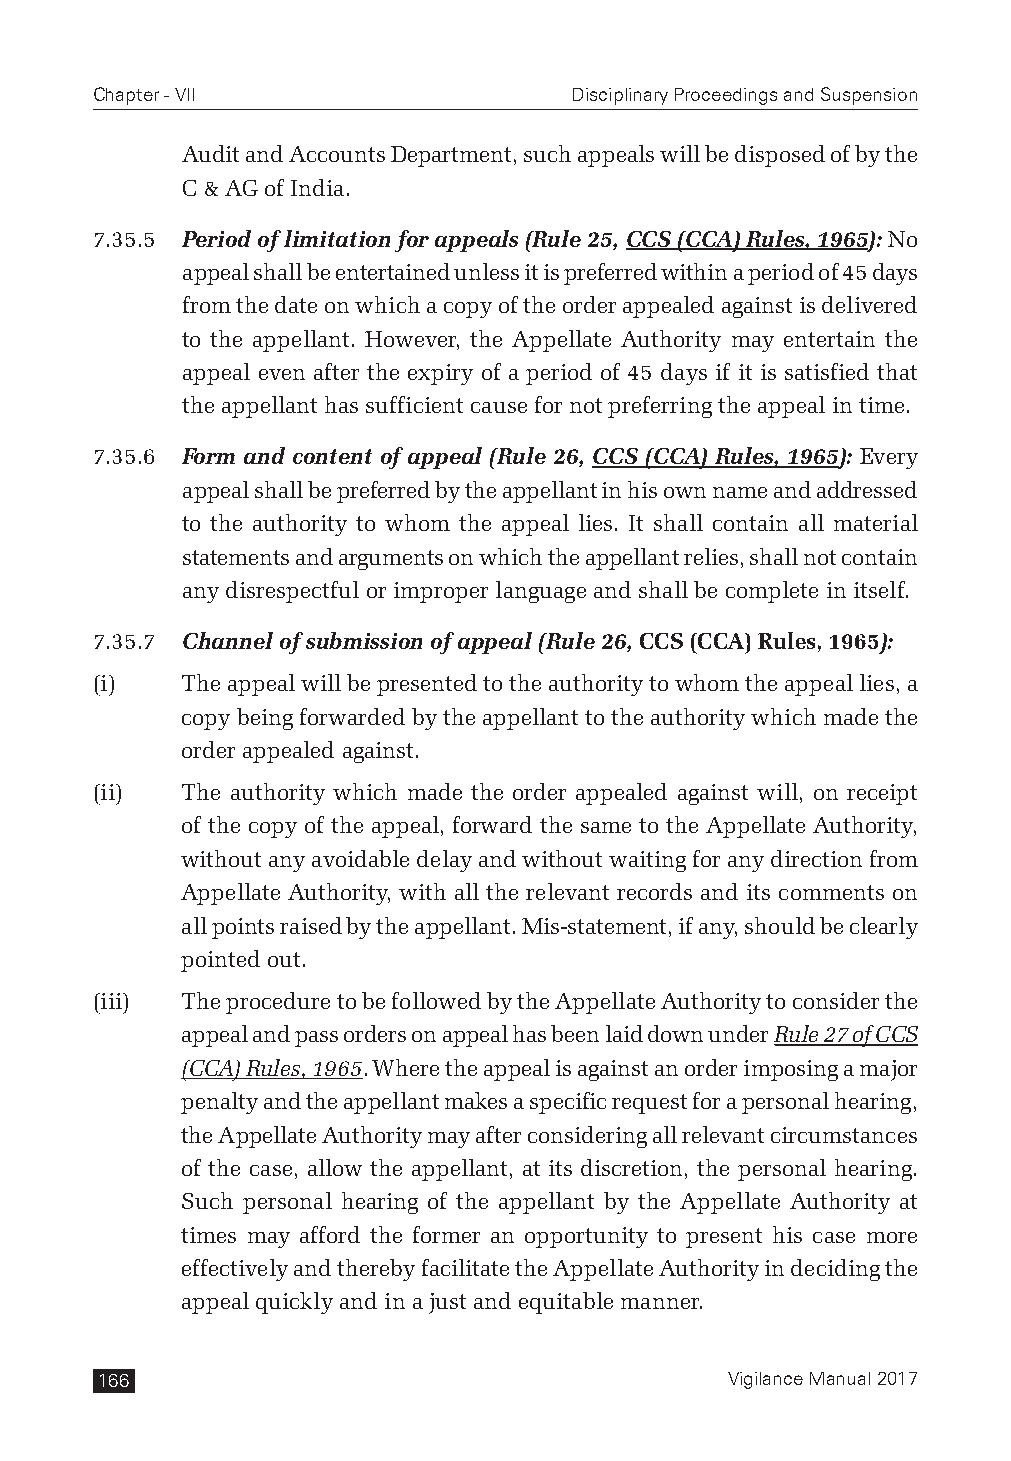
Chapter - VII                   Disciplinary Proceedings and Suspension
 Audit and Accounts Department, such appeals will be disposed of by the
 C & AG of India.
 7.35.5 Period of limitation for appeals (Rule 25, CCS (CCA) Rules, 1965): No
 appeal shall be entertained unless it is preferred within a period of 45 days
 from the date on which a copy of the order appealed against is delivered
 to the appellant. However, the Appellate Authority may entertain the
 appeal even after the expiry of a period of 45 days if it is satisfied that
 the appellant has sufficient cause for not preferring the appeal in time.
 7.35.6 Form and content of appeal (Rule 26, CCS (CCA) Rules, 1965): Every
 appeal shall be preferred by the appellant in his own name and addressed
 to the authority to whom the appeal lies. It shall contain all material
 statements and arguments on which the appellant relies, shall not contain
 any disrespectful or improper language and shall be complete in itself.
 7.35.7 Channel of submission of appeal (Rule 26, CCS (CCA) Rules, 1965):
 (i)   The appeal will be presented to the authority to whom the appeal lies, a
 copy being forwarded by the appellant to the authority which made the
 order appealed against.
 (ii)  The authority which made the order appealed against will, on receipt
 of the copy of the appeal, forward the same to the Appellate Authority,
 without any avoidable delay and without waiting for any direction from
 Appellate Authority, with all the relevant records and its comments on
 all points raised by the appellant. Mis-statement, if any, should be clearly
 pointed out.
 (iii) The procedure to be followed by the Appellate Authority to consider the
 appeal and pass orders on appeal has been laid down under Rule 27 of CCS
 (CCA) Rules, 1965. Where the appeal is against an order imposing a major
 penalty and the appellant makes a specific request for a personal hearing,
 the Appellate Authority may after considering all relevant circumstances
 of the case, allow the appellant, at its discretion, the personal hearing.
 Such personal hearing of the appellant by the Appellate Authority at
 times may afford the former an opportunity to present his case more
 effectively and thereby facilitate the Appellate Authority in deciding the
 appeal quickly and in a just and equitable manner.
 166                                       Vigilance Manual 2017